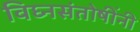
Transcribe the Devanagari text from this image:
विघ्नसंतोषींनी